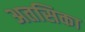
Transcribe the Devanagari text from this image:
अतसिका